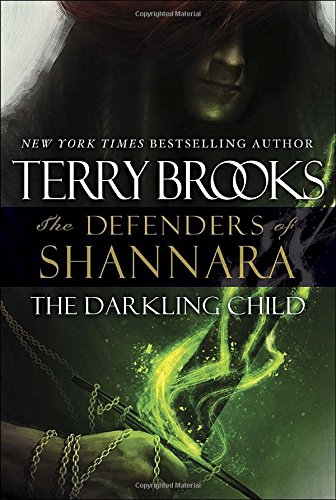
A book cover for The Darkling Child: The Defenders of Shannara; Terry Brooks; Science Fiction & Fantasy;